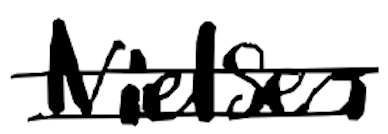
Text: Nielsen
Cross-out: double-line
Writing tool: digital_black